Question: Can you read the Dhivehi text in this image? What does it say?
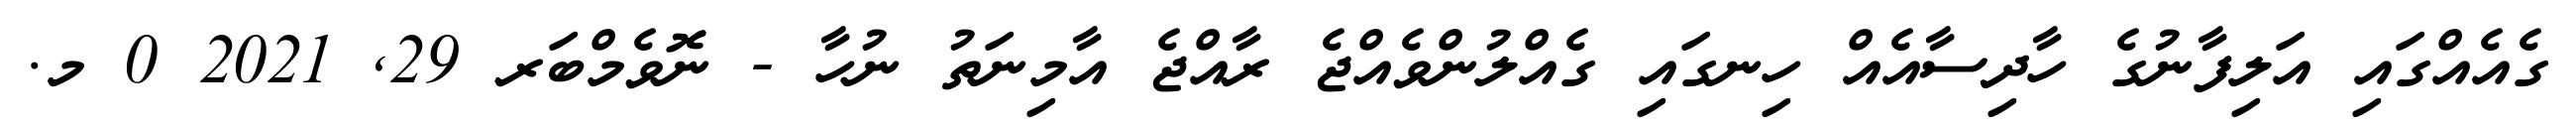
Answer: ގެއެއްގައި އަލިފާނުގެ ހާދިސާއެއް ހިނގައި ގެއްލުންވެއްޖެ ރާއްޖެ އާމިނަތު ނުހާ - ނޮވެމްބަރ 29, 2021 0 މ.